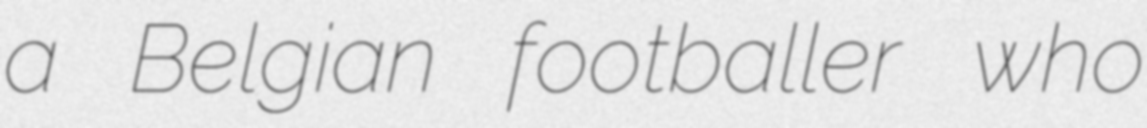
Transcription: a Belgian footballer who